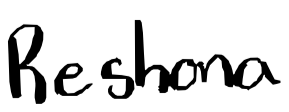
Text: Reshona
Cross-out: clean
Writing tool: digital_black